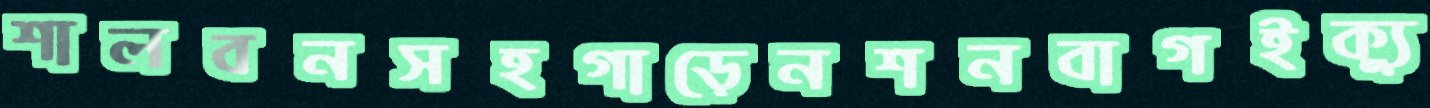
শালবনসহগাড়েনশনবাগইক্যু